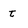
Character: t